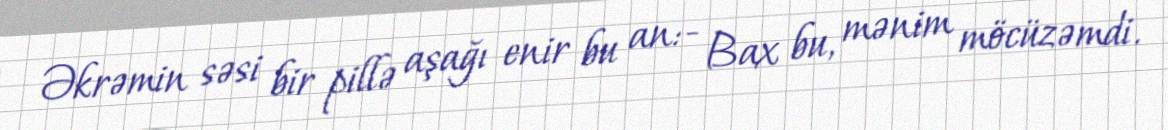
Əkrəmin səsi bir pillə aşağı enir bu an:- Bax bu, mənim möcüzəmdi.